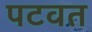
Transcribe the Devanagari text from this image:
पटवत